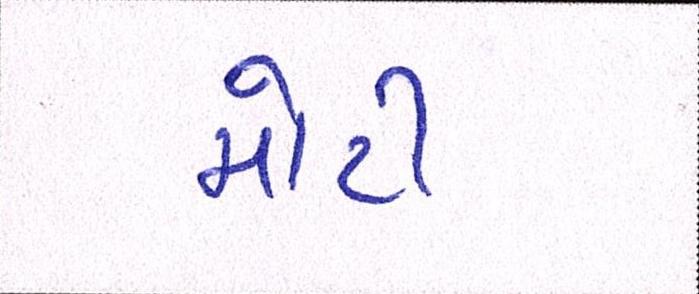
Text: મોટી